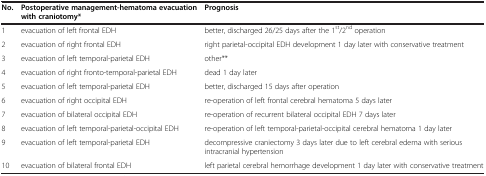
| No. | Postoperative management-hematoma evacuation with craniotomy* | Prognosis |
 | --- | --- | --- |
 | 1 | evacuation of left frontal EDH | better, discharged 26/25 days after the 1st/2nd operation |
 | 2 | evacuation of right frontal EDH | right parietal-occipital EDH development 1 day later with conservative treatment |
 | 3 | evacuation of left temporal-parietal EDH | other** |
 | 4 | evacuation of right fronto-temporal-parietal EDH | dead 1 day later |
 | 5 | evacuation of left temporal-parietal EDH | better, discharged 15 days after operation |
 | 6 | evacuation of right occipital EDH | re-operation of left frontal cerebral hematoma 5 days later |
 | 7 | evacuation of bilateral occipital EDH | re-operation of recurrent bilateral occipital EDH 7 days later |
 | 8 | evacuation of left temporal-parietal-occipital EDH | re-operation of left temporal-parietal-occipital cerebral hematoma 1 day later |
 | 9 | evacuation of left temporal-parietal EDH | decompressive craniectomy 3 days later due to left cerebral edema with serious intracranial hypertension |
 | 10 | evacuation of bilateral frontal EDH | left parietal cerebral hemorrhage development 1 day later with conservative treatment |